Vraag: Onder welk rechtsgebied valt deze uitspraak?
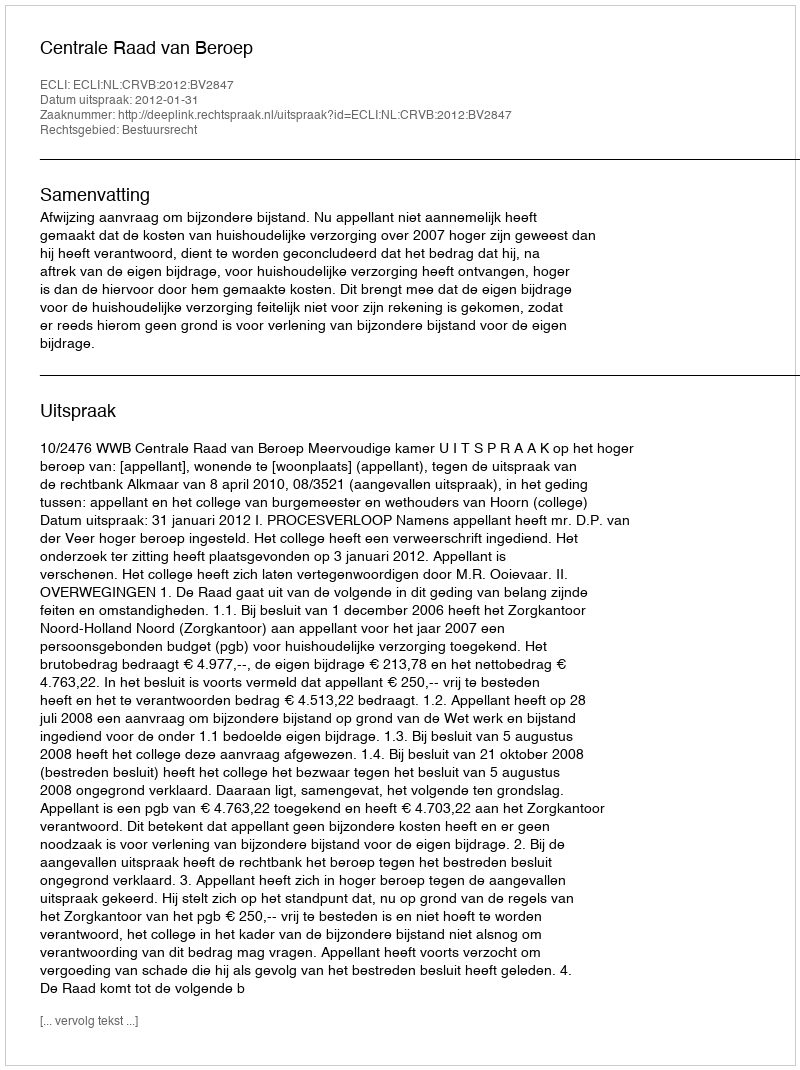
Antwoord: Bestuursrecht